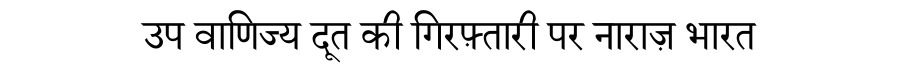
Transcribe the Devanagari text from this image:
उप वाणिज्य दूत की गिरफ़्तारी पर नाराज़ भारत